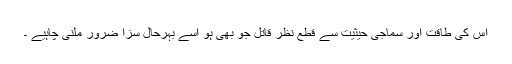
اس کی طاقت اور سماجی حیثیت سے قطع نظر قاتل جو بھی ہو اسے بہرحال سزا ضرور ملنی چاہیے ۔